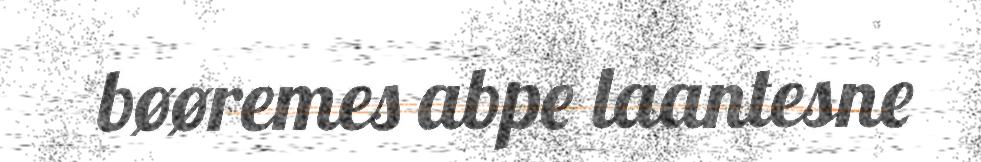
bøøremes abpe laantesne